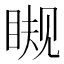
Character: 𰥪